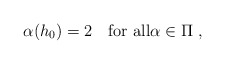
\begin{align*}\alpha(h_0) = 2 \quad\textrm{for all}\alpha\in\Pi \;,\end{align*}